Burma Government Medical School reports 1923-41
Year: 1923
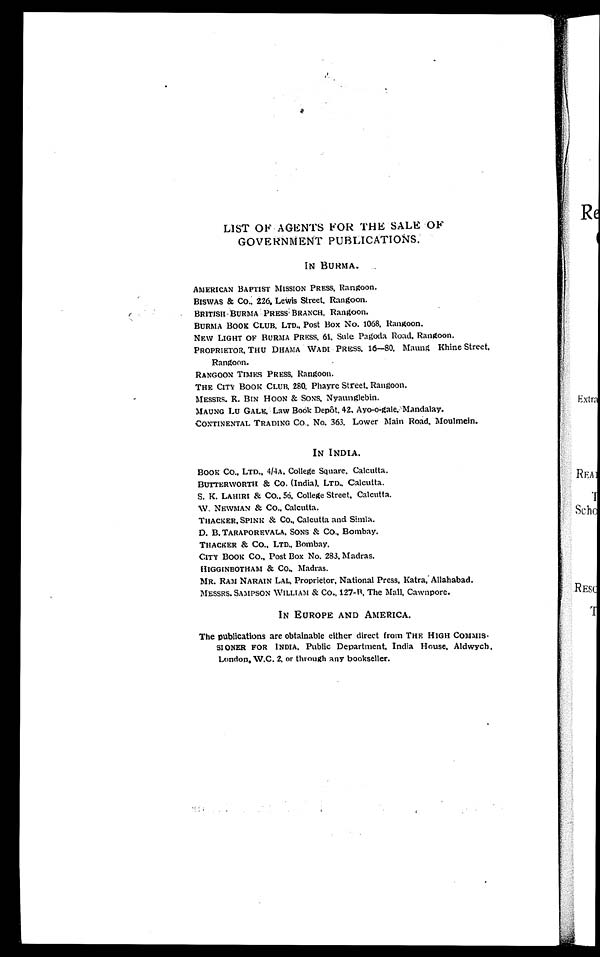
LIST OF AGENTS FOR THE SALE OF
GOVERNMENT PUBLICATIONS.
IN BURMA.
AMERICAN BAPTIST MISSION PRESS, Rangoon.
BI SWAS & CO. , 226, Lewi s St r eet , Rangoon.
BRI TI SH- BURMA PRESS BRANCH, Ra ngoon.
BURMA BOOK CLUB, LTD., Post Box No. 1068, Rangoon.
NEW LIGHT OF BURMA PRESS, 61, Sule Pagoda Road, Rangoon.
PROPRIETOR, THU DHAMA WADI PRESS, 16—80. Maung Khine Street
, Rangoon.
RANGOON TIMES PRESS, Rangoon.
THE CITY BOOK CLUB, 280, Phayre St reet , Rangoon.
MESSRS. K. BIN HOON & SONS, Nyaunglebin.
MAUNG LU GALE, Law Book Depôt, 42, Ayo-o-gale, Mandalay.
CONTINENTAL TRADING CO., No. 363, Lower Main Road, Moulmein.
IN INDIA.
BOOK CO., LTD., 4/4A. College Square. Calcutta.
BUTTERWORTH & Co. ( I ndi a) . LTD. , Cal cut t a.
S. K. LAHIRI & CO., 56. College Street. Calcutta.
W. NEWMAN & Co., Calcutta.
THACKER, SPI NK & CO. , Ca l c u t t a a n d Si ml a .
D. B. TARAPOREVALA, SONS & CO., Bombay.
THACKER & CO., LTD., Bombay.
CI TY BOOK CO. , Po s t Bo x No . 2 8 3 , Ma d r a s .
HIGGINBOTHAM & Co., Madras.
MR. RAM NARAIN LAL, Proprietor, National Press. Katra, Allahabad.
MESSRS. SAMPSON WILLIAM & Co., 127-B, The Mall, Cawnpore.
IN EUROPE AND AMERICA.
The publications are obtainable either direct from THE HIGH COMMIS-
SIONER FOR INDIA, Public Department, India House, Aldwych,
London, W.C. 2, or through any bookseller.